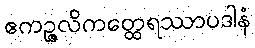
ဧကဉ္ဇလိကတ္ထေရဿာပဒါနံ